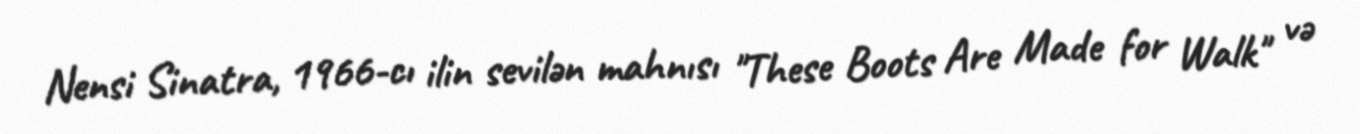
Nensi Sinatra, 1966-cı ilin sevilən mahnısı "These Boots Are Made for Walk" və